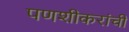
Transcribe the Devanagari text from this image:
पणशीकरांची